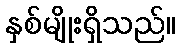
နှစ်မျိုးရှိသည်။